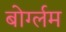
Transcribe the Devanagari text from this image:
बोर्ग्लम